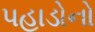
પહાડોનો